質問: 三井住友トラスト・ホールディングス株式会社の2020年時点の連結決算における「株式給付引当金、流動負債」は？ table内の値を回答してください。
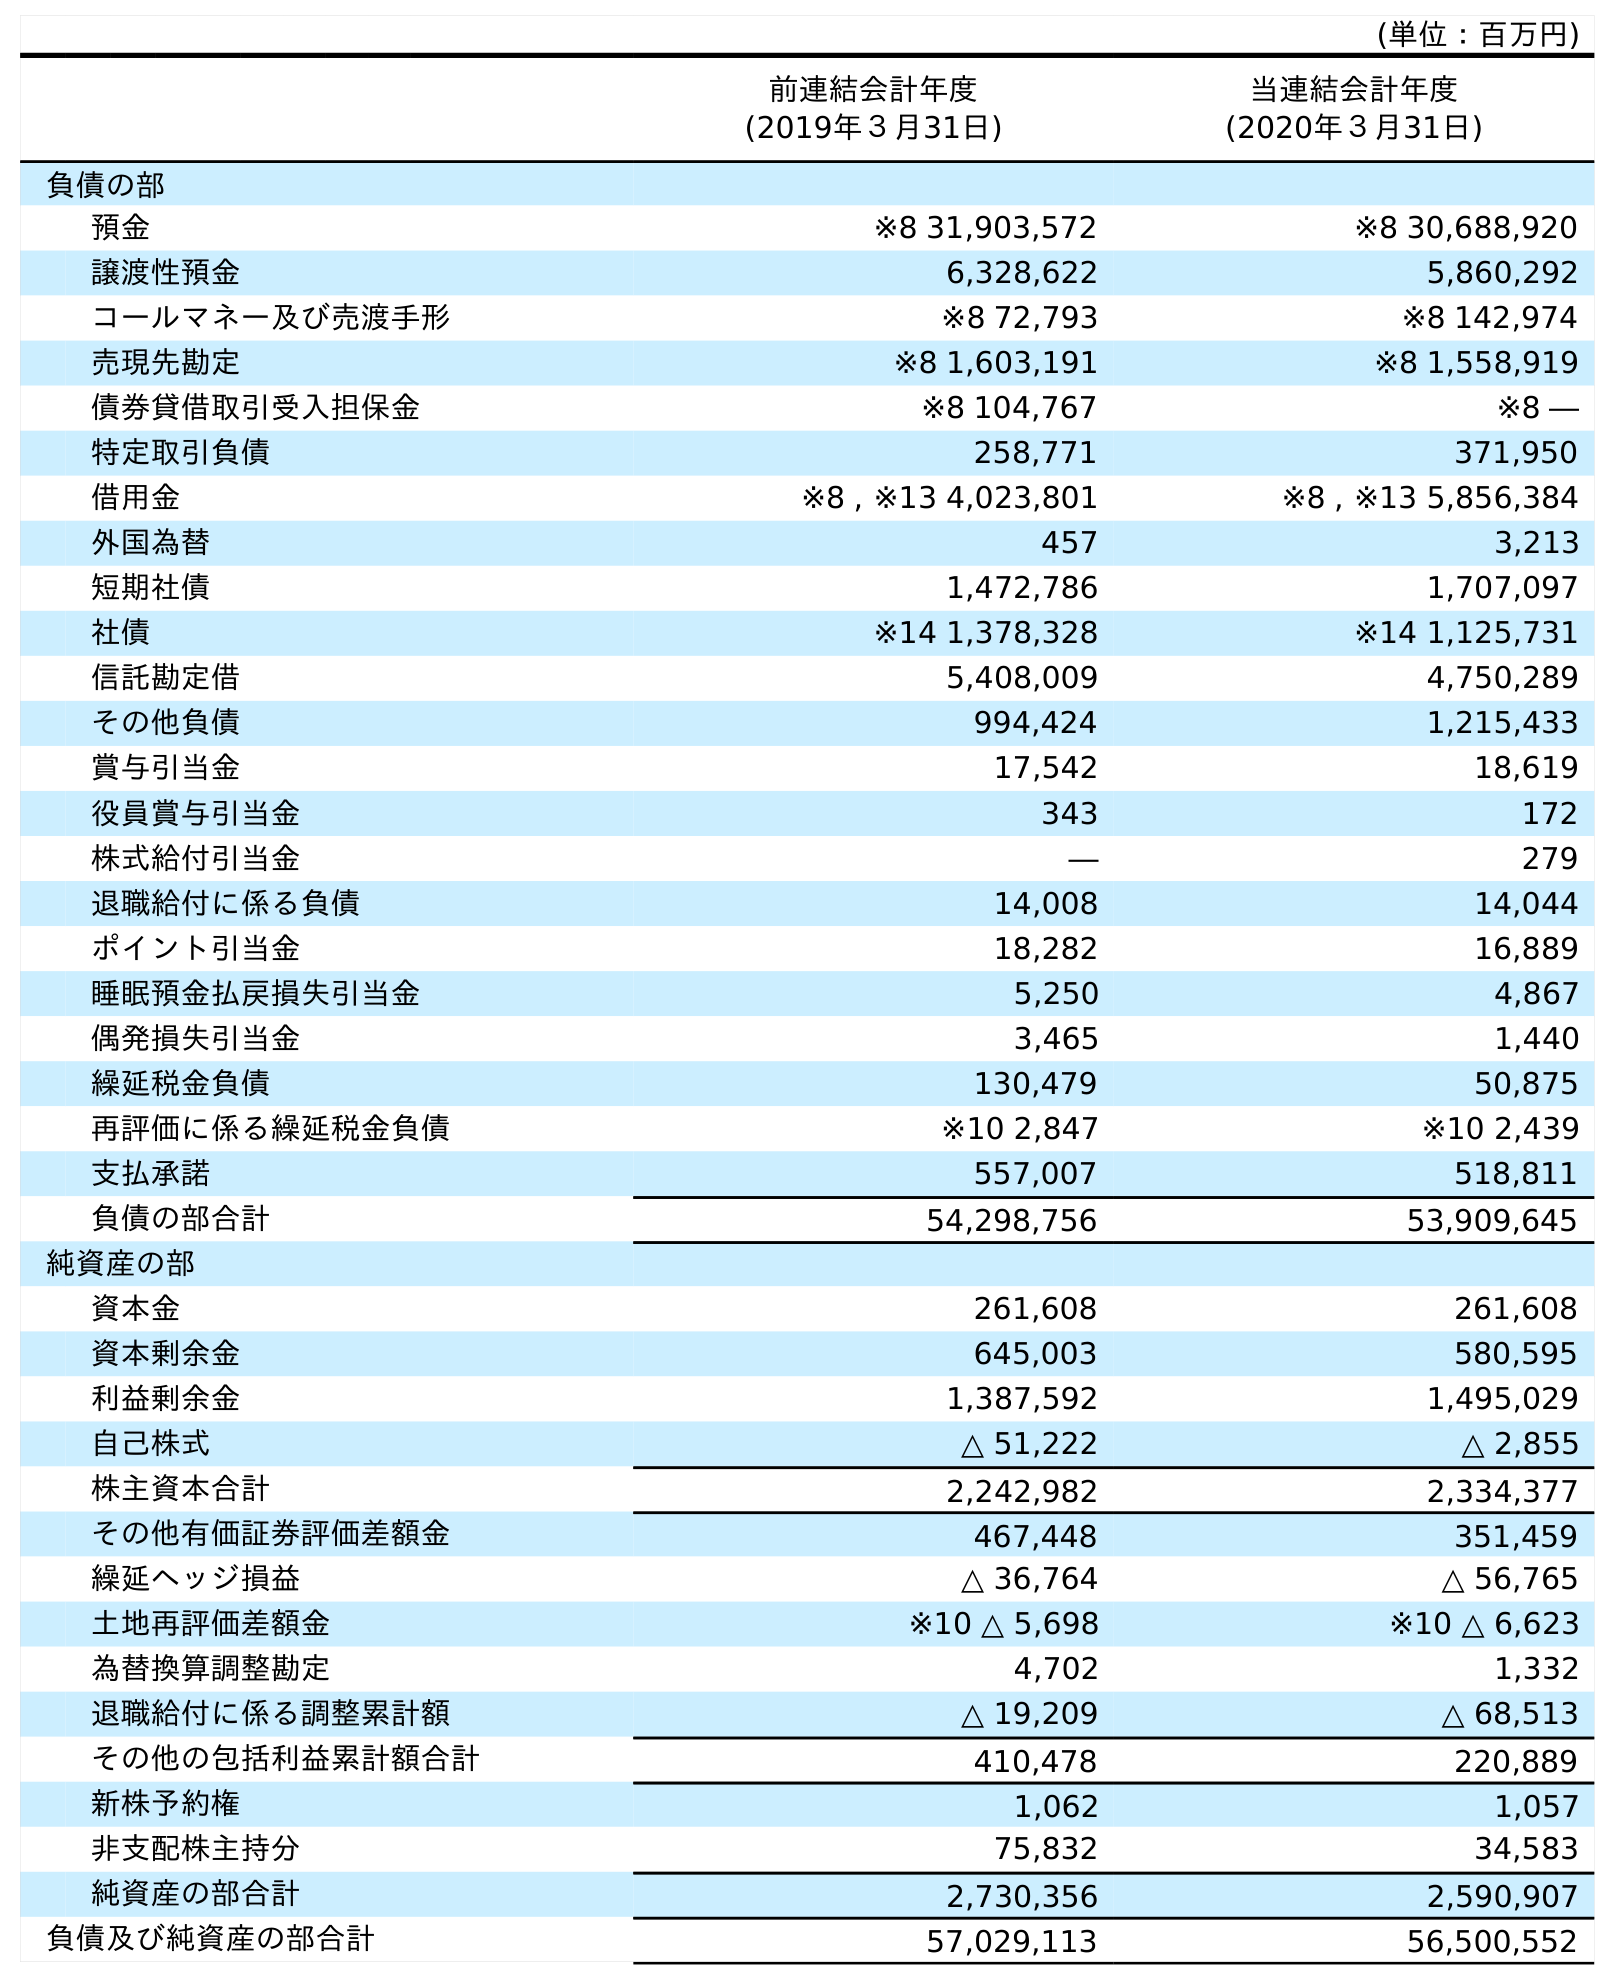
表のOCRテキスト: (単位：百万円) 前連結会計年度 (2019年３月31日) 当連結会計年度 (2020年３月31日) 負債の部 預金 ※8 31,903,572 ※8 30,688,920 譲渡性預金 6,328,622 5,860,292 コールマネー及び売渡手形 ※8 72,793 ※8 142,974 売現先勘定 ※8 1,603,191 ※8 1,558,919 債券貸借取引受入担保金 ※8 104,767 ※8 ― 特定取引負債 258,771 371,950 借用金 ※8 , ※13 4,023,801 ※8 , ※13 5,856,384 外国為替 457 3,213 短期社債 1,472,786 1,707,097 社債 ※14 1,378,328 ※14 1,125,731 信託勘定借 5,408,009 4,750,289 その他負債 994,424 1,215,433 賞与引当金 17,542 18,619 役員賞与引当金 343 172 株式給付引当金 ― 279 退職給付に係る負債 14,008 14,044 ポイント引当金 18,282 16,889 睡眠預金払戻損失引当金 5,250 4,867 偶発損失引当金 3,465 1,440 繰延税金負債 130,479 50,875 再評価に係る繰延税金負債 ※10 2,847 ※10 2,439 支払承諾 557,007 518,811 負債の部合計 54,298,756 53,909,645 純資産の部 資本金 261,608 261,608 資本剰余金 645,003 580,595 利益剰余金 1,387,592 1,495,029 自己株式 △ 51,222 △ 2,855 株主資本合計 2,242,982 2,334,377 その他有価証券評価差額金 467,448 351,459 繰延ヘッジ損益 △ 36,764 △ 56,765 土地再評価差額金 ※10 △ 5,698 ※10 △ 6,623 為替換算調整勘定 4,702 1,332 退職給付に係る調整累計額 △ 19,209 △ 68,513 その他の包括利益累計額合計 410,478 220,889 新株予約権 1,062 1,057 非支配株主持分 75,832 34,583 純資産の部合計 2,730,356 2,590,907 負債及び純資産の部合計 57,029,113 56,500,552
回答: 279